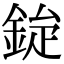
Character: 𮡿